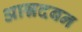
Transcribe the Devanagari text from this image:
आन्नदबन